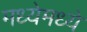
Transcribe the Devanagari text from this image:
मध्येमध्ये